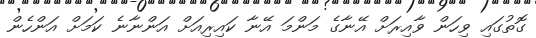
ގޮތުގައި ވިހަން ވާއިރަށް އޭނާގެ މަންމަ އޭނާ ކައިރިއަށް އަންނާނެ ކަމަށް އަންހެން